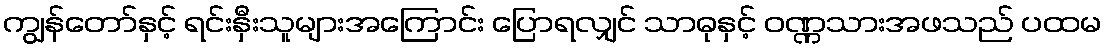
ကျွန်တော်နှင့် ရင်းနှီးသူများအကြောင်း ပြောရလျှင် သာဓုနှင့် ဝဏ္ဏသားအဖသည် ပထမ